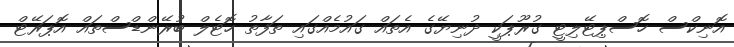
އޮނިކްސް ހޮސްޕިޓޭލިޓީ ގުރޫޕަކީ ދުނިޔޭގެ އެތައް ގައުމެއްގައި ތަފާތު ހޮޓެލް ބުރޭންޑްސްތައް އޮޕަރޭޓް